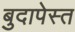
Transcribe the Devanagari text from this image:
बुदापेस्त